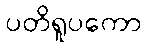
ပတိရူပကော